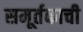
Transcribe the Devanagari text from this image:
समूर्तकाची